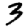
Digit: 3